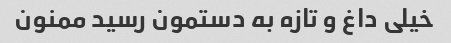
خیلی داغ و تازه به دستمون رسید ممنون